Education and care of mentally and physically defective children, 1937
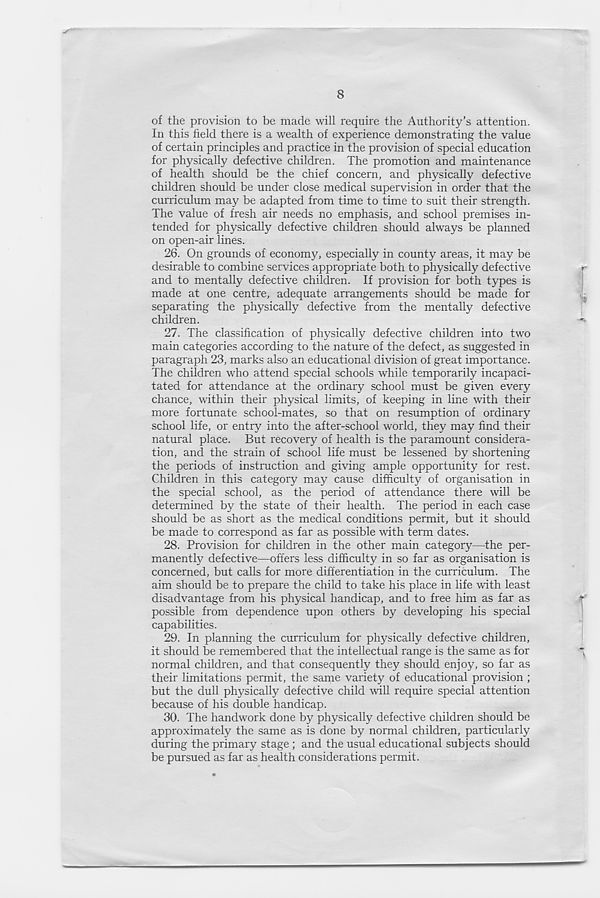
8
of the provision to be made will require the Authority’s attention.
In this field there is a wealth of experience demonstrating the value
of certain principles and practice in the provision of special education
for physically defective children. The promotion and maintenance
of health should be the chief concern, and physically defective
children should be under close medical supervision in order that the
curriculum may be adapted from time to time to suit their strength.
The value of fresh air needs no emphasis, and school premises in-
tended for physically defective children should always be planned
on open-air lines.
26. On grounds of economy, especially in county areas, it may be
desirable to combine services appropriate both to physically defective
and to mentally defective children. If provision for both types is
made at one centre, adequate arrangements should be made for
separating the physically defective from the mentally defective
children.
27. The classification of physically defective children into two
main categories according to the nature of the defect, as suggested in
paragraph 23, marks also an educational division of great importance.
The children who attend special schools while temporarily incapaci-
tated for attendance at the ordinary school must be given every
chance, within their physical limits, of keeping in line with their
more fortunate school-mates, so that on resumption of ordinary
school life, or entry into the after-school world, they may find their
natural place. But recovery of health is the paramount considera-
tion, and the strain of school life must be lessened by shortening
the periods of instruction and giving ample opportunity for rest.
Children in this category may cause difficulty of organisation in
the special school, as the period of attendance there will be
determined by the state of their health. The period in each case
should be as short as the medical conditions permit, but it should
be made to correspond as far as possible with term dates.
28. Provision for children in the other main category—the per-
manently defective—offers less difficulty in so far as organisation is
concerned, but calls for more differentiation in the curriculum. The
aim should be to prepare the child to take his place in life with least
disadvantage from his physical handicap, and to free him as far as
possible from dependence upon others by developing his special
capabilities.
29. In planning the curriculum for physically defective children,
it should be remembered that the intellectual range is the same as for
normal children, and that consequently they should enjoy, so far as
their limitations permit, the same variety of educational provision ;
but the dull physically defective child will require special attention
because of his double handicap.
30. The handwork done by physically defective children should be
approximately the same as is done by normal children, particularly
during the primary stage ; and the usual educational subjects should
be pursued as far as health considerations permit.